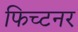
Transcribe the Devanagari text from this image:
फिच्टनर